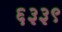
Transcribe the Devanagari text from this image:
६३३९